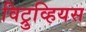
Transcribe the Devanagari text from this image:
विट्रुव्हियस